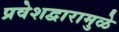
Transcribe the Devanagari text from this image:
प्रवेशद्वारामुळे